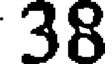
38